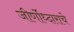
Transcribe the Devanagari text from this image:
जीर्णोध्दाराचे